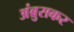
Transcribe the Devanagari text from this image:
अंब्रुसकर